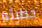
خطيئة